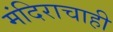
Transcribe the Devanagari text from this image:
मंदिराचाही